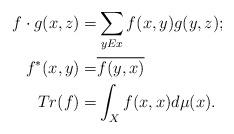
LaTeX: \begin{align*}f\cdot g(x,z)=&\sum_{yEx}f(x,y)g(y,z);\\f^*(x,y)=&\overline{f(y,x)}\\Tr(f)=&\int_Xf(x,x)d\mu(x).\end{align*}